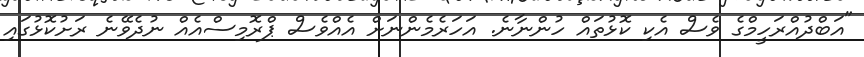
"އަބްދުއްރަހީމްގެ ވެސް އެކި ކޮޅުތައް ހުންނާނެ. އަހަރެމެންނަަށް އެއްވެސް ޕްރޮމިސްއެއް ނުދެވޭނެ ރަށުކޮޅުގައި